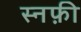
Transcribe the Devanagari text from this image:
स्नफ़ी